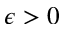
\epsilon > 0